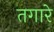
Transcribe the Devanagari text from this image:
तगारे